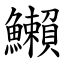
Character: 䲚